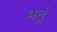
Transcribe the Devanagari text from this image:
मनुं